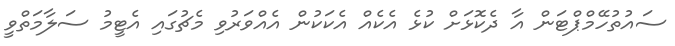
ސައުތުހޭމްޕްޓަން އާ ދެކޮޅަށް ކުޅެ އެކެއް އެކަކުން އެއްވަރުވި މެޗުގައި އެޓީމު ސަލާމަތްވީ